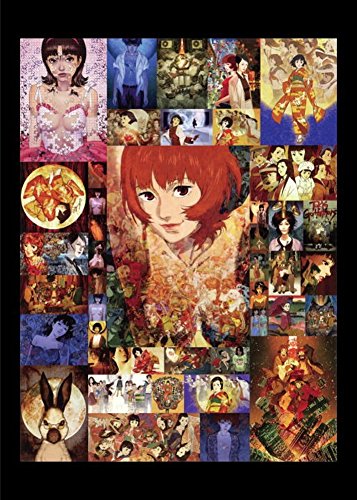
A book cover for Art of Satoshi Kon; Comics & Graphic Novels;